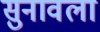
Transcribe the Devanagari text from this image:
सुनावला